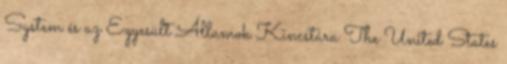
System és az Egyesült Államok Kincstára The United States